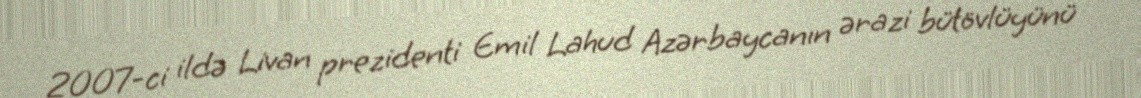
2007-ci ildə Livan prezidenti Emil Lahud Azərbaycanın ərazi bütövlüyünü